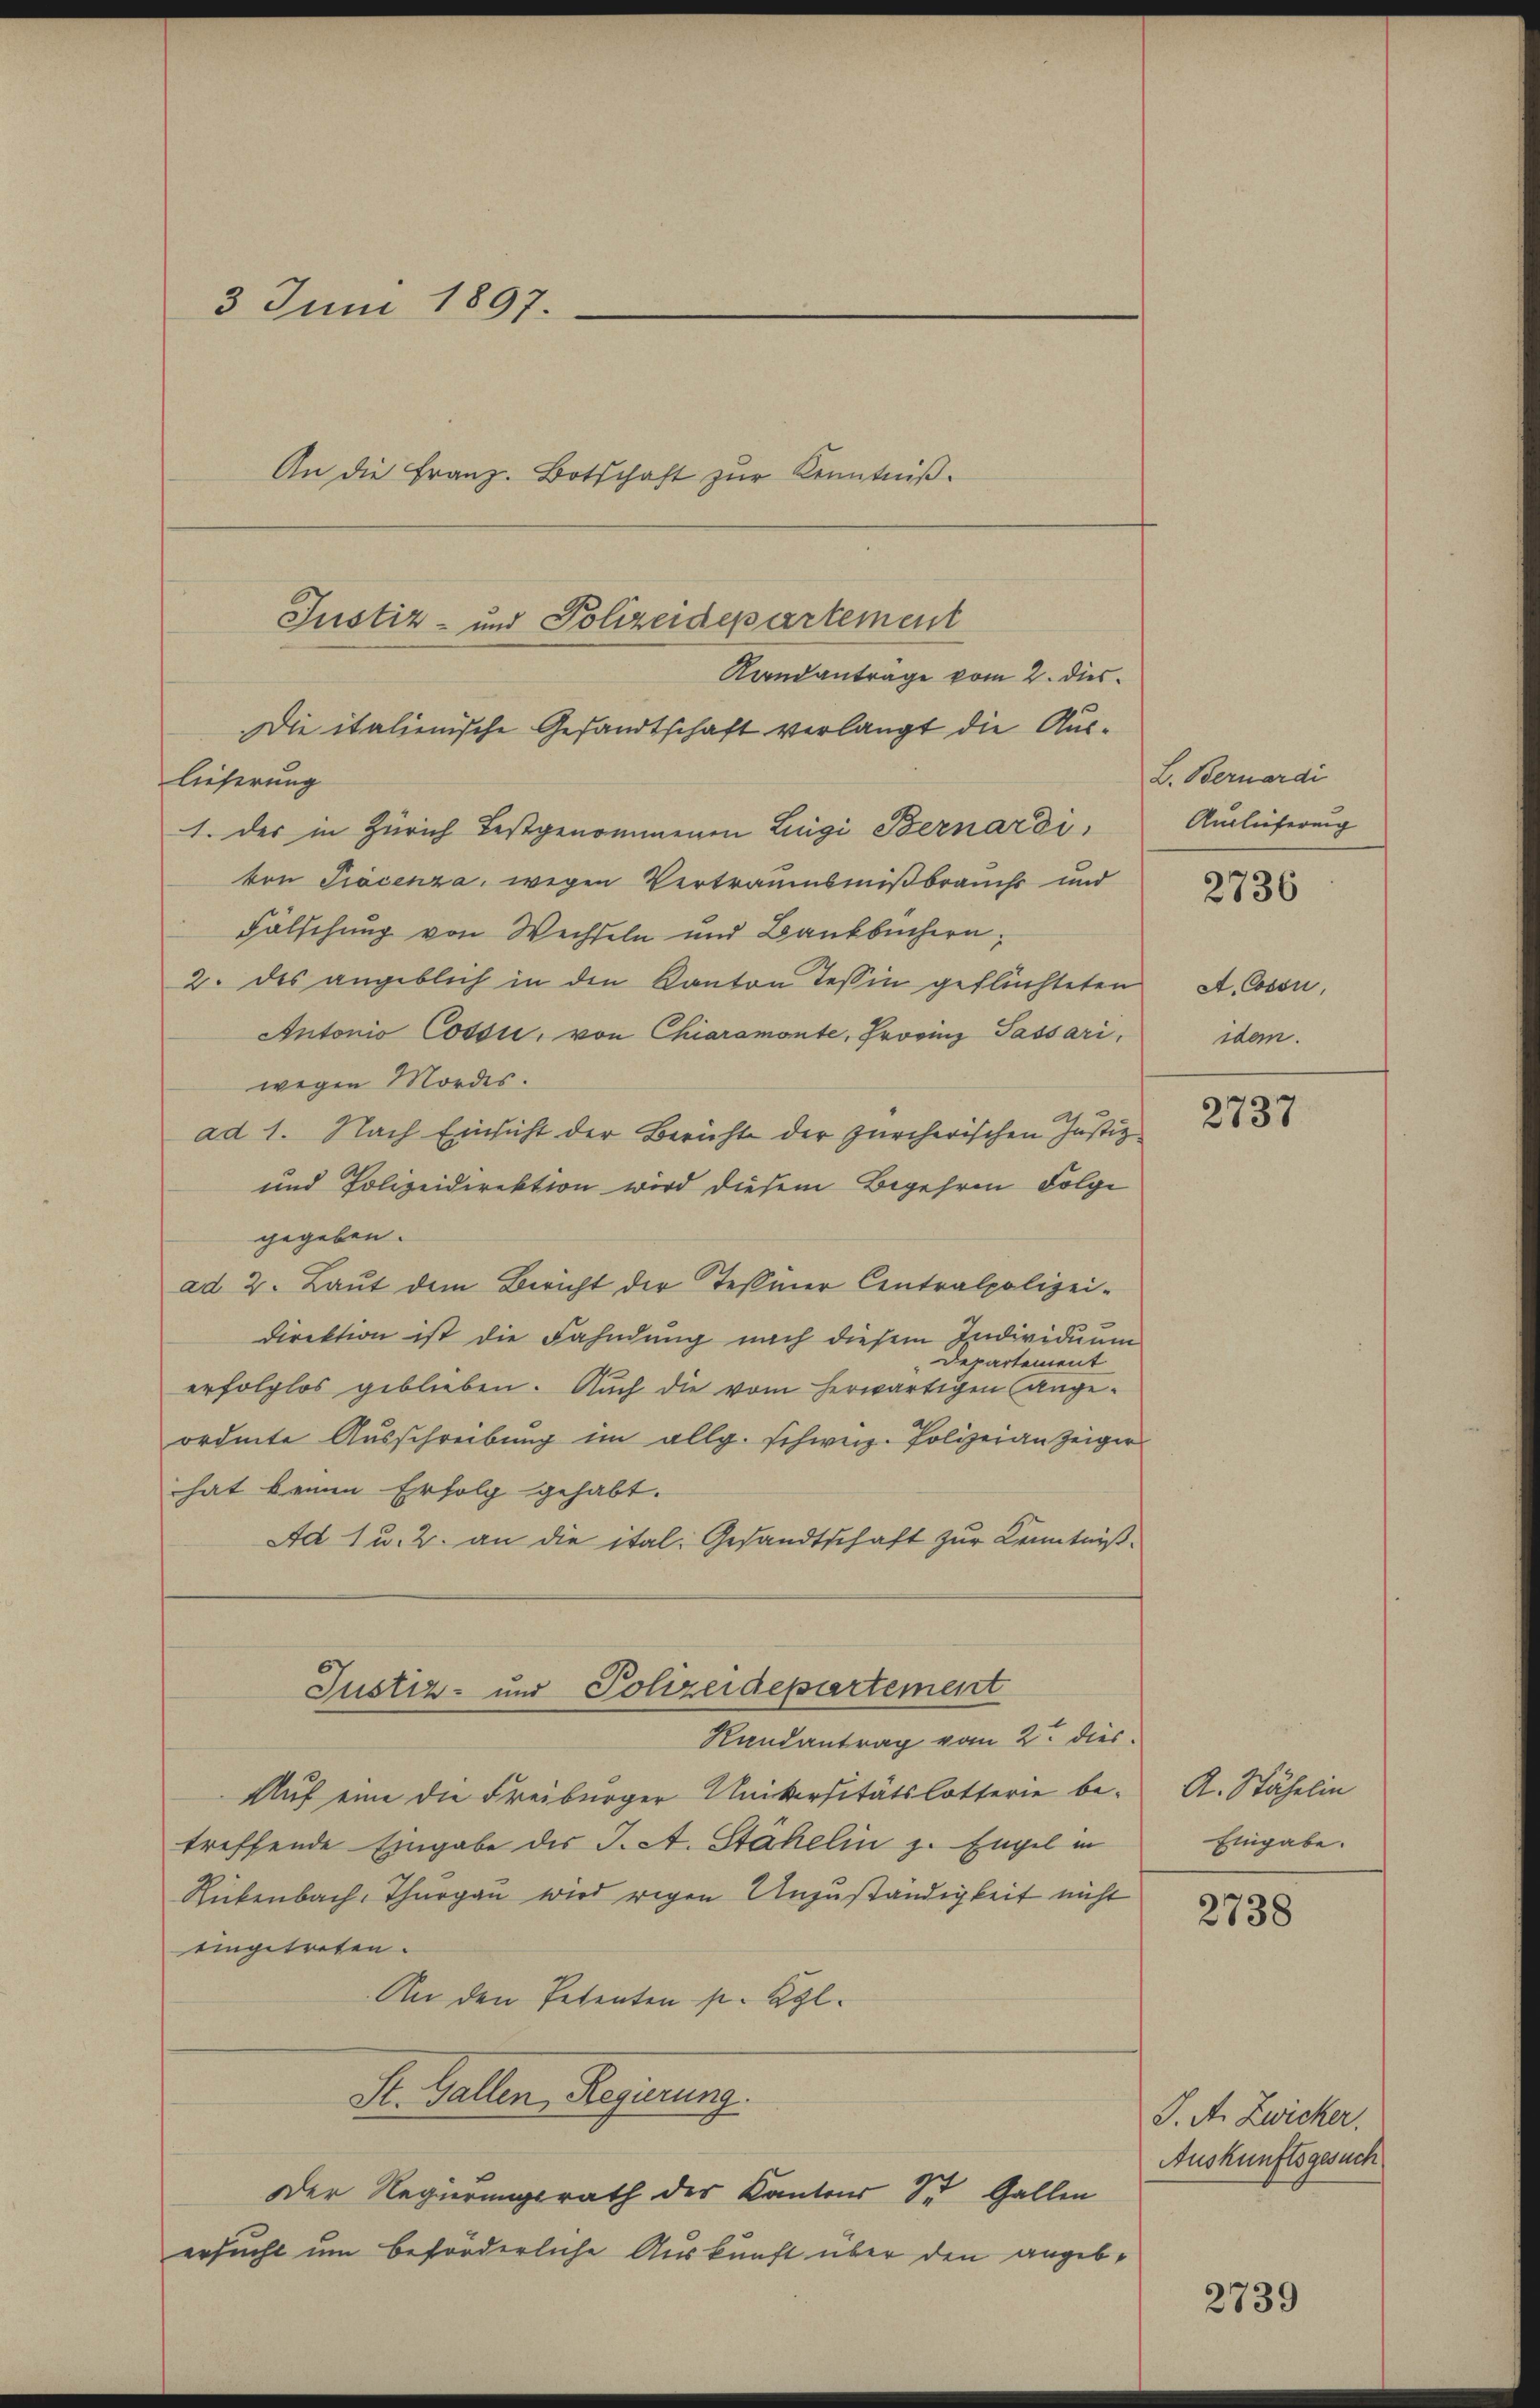
3 Juni 1897.
An die Franz. Botschaft zur Kenntniß.

Justiz- und Polizeidepartement
Randantrage vom 2. dies
Die italienische Gesandtschaft verlangt die Aus¬

lieferung
1. der in Zürich festgenommenen Luigi Bernardi,
von Piecenza, wegen Vertraumsmißbrauchs und
Fölschung von Wechseln und Bankbüchern,
2. des angeblich in den Kanton Tessin geflüchteten
Antonio Cossi, von Chiaramonte, Frovinz Passari,
wegen Mordes.
ad 1. Nach Einsicht der Berichte der zürcherischen Justiz
und Polizeidirektion wird diesem Begehren Folge
gegeben.
ad 2. Laut dem Bericht der Tessiner Centralpolizei-
Direktion ist die Fahndung nach diesem Individuum
Departement
erfolglos geblieben. Auch die vom herwärtigen Angeordnete Ausschreibung im allg. schweiz. Polizeianzeiger
hat keinen Erfolg gehabt.
Ad 1 u. 2. an die ital. Gesandtschaft zur Kenntniß¬
Justiz- und Polizeidepartement

St. Gallen Regierung.

Randantrag vom 2. dies
Auf eine die Freiburger Universitätslotterie betreffende Eingabe des J. A. Stähelin z. Engel in
Rikenbach, Thurgau wird rigen Unzuständigkeit nicht
eingetreten.
An den Petenten sr. Kgl.

Der Regierungsrath des Kantons St. Gallen
ersucht um beforderliche Auskunft über den angeb¬

L. Bernardi
Auslieferung

2736

A. Cossn
idem.

2737

A. Stähelin
Eingabe.

2738

J. A. Zwicker.
Auskunftsgesuch

2739